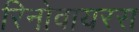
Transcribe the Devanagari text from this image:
रिनोवायरस